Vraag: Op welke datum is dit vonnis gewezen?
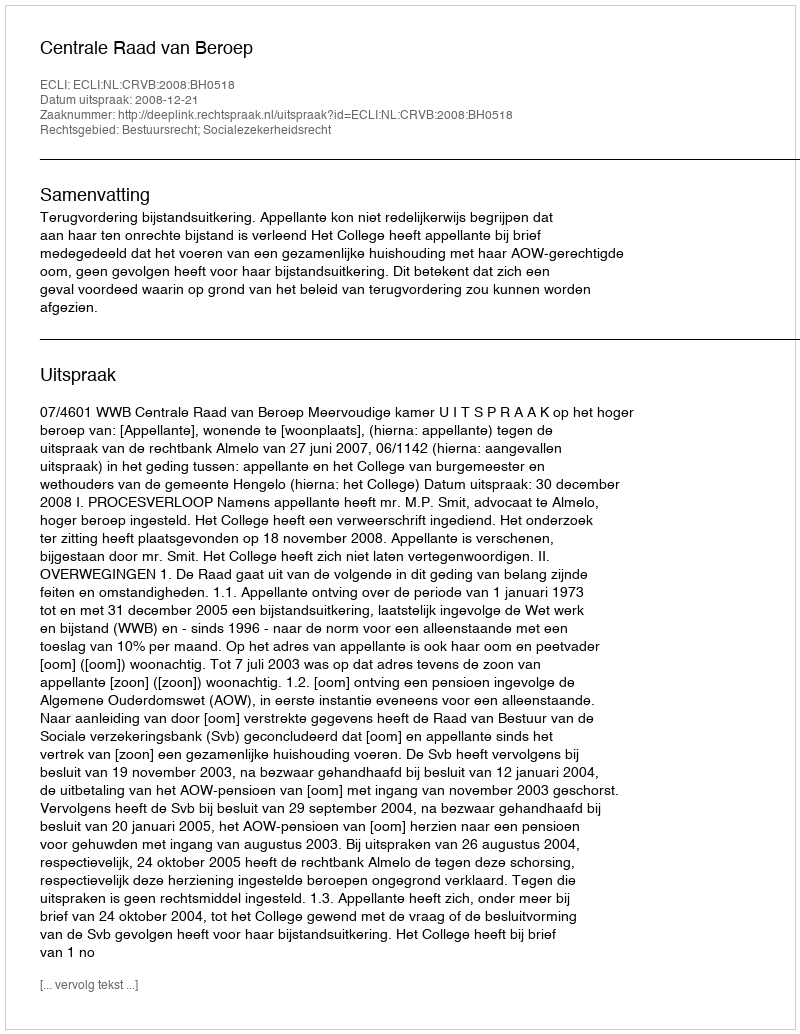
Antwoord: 2008-12-21